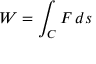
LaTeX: W = \int _ { C } F \, d s